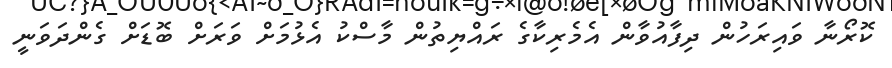
ކޮރޯނާ ވައިރަހުން ދިފާއުވާން އެމެރިކާގެ ރައްޔިތުން މާސްކު އެޅުމަށް ވަރަށް ބޮޑަށް ގެންދަވަނީ